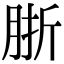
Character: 䏳